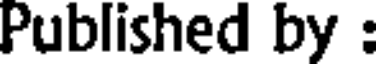
Published by :